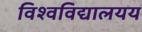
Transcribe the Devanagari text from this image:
विश्वविद्यालयय